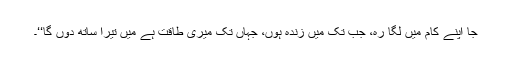
جا اپنے کام میں لگا رہ، جب تک میں زندہ ہوں، جہاں تک میری طاقت ہے میں تیرا ساتھ دوں گا‘‘۔